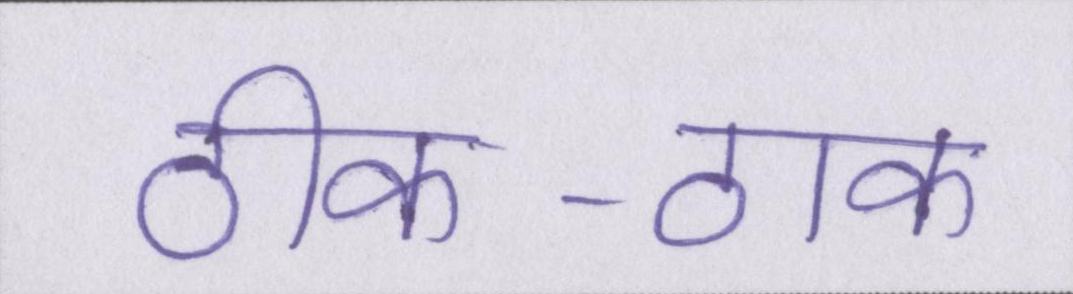
ठीक-ठाक